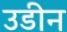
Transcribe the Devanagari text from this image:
उडीन